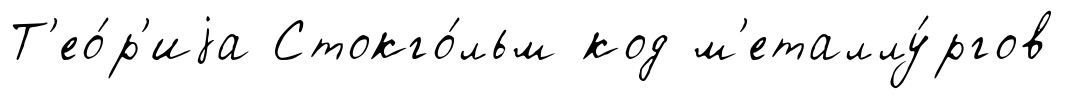
Т'ео́р'иjа Стокго́льм код м'еталлу́ргов